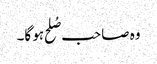
وہ صاحب صُلح ہو گا۔